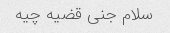
سلام جنی قضیه چیه